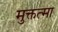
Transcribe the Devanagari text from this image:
मुक्तत्मा